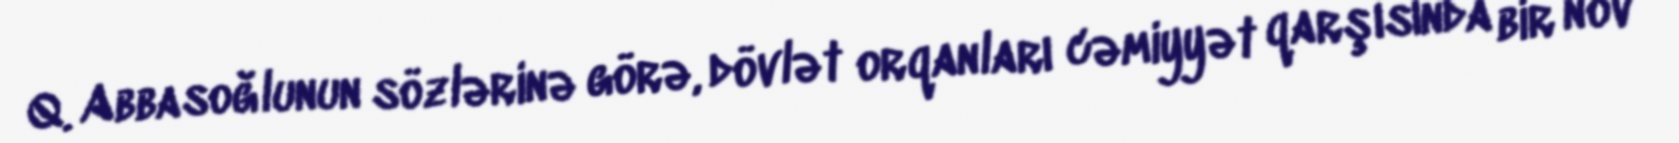
Q. Abbasoğlunun sözlərinə görə, dövlət orqanları cəmiyyət qarşısında bir növ